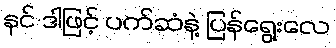
နင် ဒါဖြင့် ပက်ဆံနဲ့ ပြန်ရွေးလေ